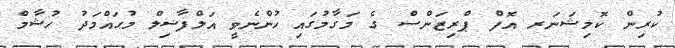
ކުރިން ކޮމިޝަނަރ އޮފް ޕްރިޒަންސް ގެ މަގާމުގައި ހުންނެވީ އަލްފާޟިލް މުޙައްމަދު ޙުޝާމް